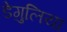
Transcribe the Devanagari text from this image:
डेगुलिया